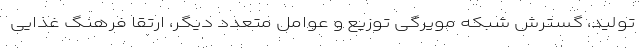
تولید، گسترش شبکه مویرگی توزیع و عوامل متعدد دیگر، ارتقا فرهنگ غذایی